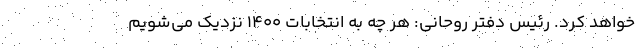
خواهد کرد. رئیس دفتر روحانی: هر چه به انتخابات ۱۴۰۰ نزدیک می‌شویم